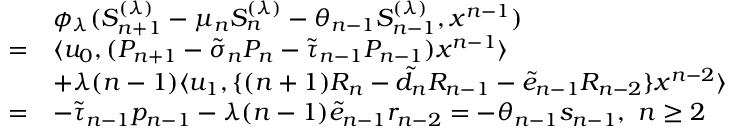
\begin{array} { r l } & { \phi _ { \lambda } ( S _ { n + 1 } ^ { ( \lambda ) } - \mu _ { n } S _ { n } ^ { ( \lambda ) } - \theta _ { n - 1 } S _ { n - 1 } ^ { ( \lambda ) } , x ^ { n - 1 } ) } \\ { = } & { \langle u _ { 0 } , ( P _ { n + 1 } - \tilde { \sigma } _ { n } P _ { n } - \tilde { \tau } _ { n - 1 } P _ { n - 1 } ) x ^ { n - 1 } \rangle } \\ & { + \lambda ( n - 1 ) \langle u _ { 1 } , \{ ( n + 1 ) R _ { n } - \tilde { d } _ { n } R _ { n - 1 } - \tilde { e } _ { n - 1 } R _ { n - 2 } \} x ^ { n - 2 } \rangle } \\ { = } & { - \tilde { \tau } _ { n - 1 } p _ { n - 1 } - \lambda ( n - 1 ) \tilde { e } _ { n - 1 } r _ { n - 2 } = - \theta _ { n - 1 } s _ { n - 1 } , ~ n \geq 2 } \end{array}